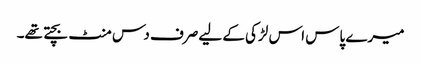
میرے پاس اس لڑکی کے لیےصرف دس منٹ بچتے تھے۔